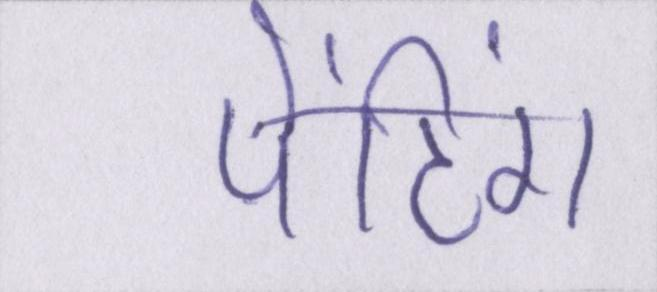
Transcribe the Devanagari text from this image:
पेंटिंग